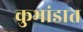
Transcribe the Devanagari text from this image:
कुभांडात